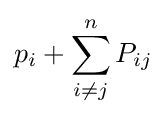
p_{i}+\sum _{i\neq j}^{n}P_{ij}